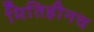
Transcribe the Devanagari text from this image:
मितिहीनच